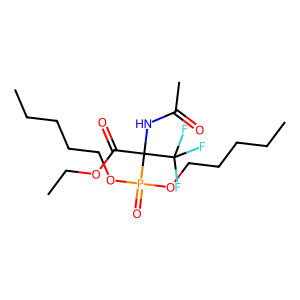
SMILES: CCCCCOP(=O)(OCCCCC)C(NC(C)=O)(C(=O)OCC)C(F)(F)F
Inhibits HIV replication: No